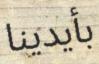
بأيدينا